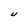
Character: U